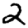
Digit: 2